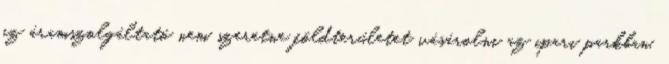
az áramszolgáltató nem szeretne földterületet vásárolni az ipari parkban.